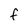
Character: f